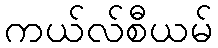
ကယ်လ်စီယမ်